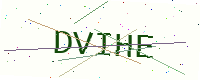
Text: DVIHE